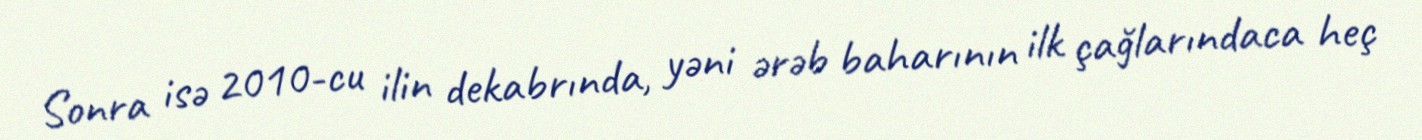
Sonra isə 2010-cu ilin dekabrında, yəni ərəb baharının ilk çağlarındaca heç